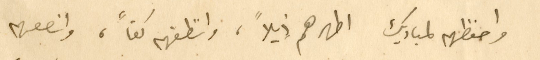
واحفظهم لمباديك اطهرهم ذيلاً، وانظفهم كفاً، وانصعهم